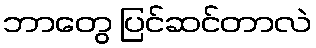
ဘာတွေ ပြင်ဆင်တာလဲ